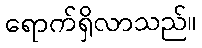
ရောက်ရှိလာသည်။